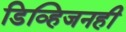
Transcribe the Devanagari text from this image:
डिव्हिजनही